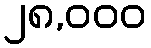
၂၈,၀၀၀